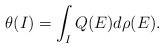
LaTeX: \begin{align*} \theta(I) = \int_I Q(E) d\rho(E). \end{align*}